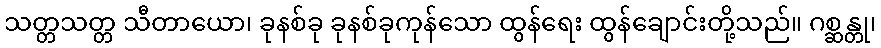
သတ္တသတ္တ သီတာယော၊ ခုနစ်ခု ခုနစ်ခုကုန်သော ထွန်ရေး ထွန်ချောင်းတို့သည်။ ဂစ္ဆန္တု၊